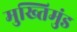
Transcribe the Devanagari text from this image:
मुख्तिमुंड